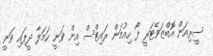
ސީރިއަން އޮބްޒަވޭޓަރީ ފޯ ހިއުމަން ރައިޓްސް އިން ވަނީ ހަމަލާ ދީފައި ވަނީ